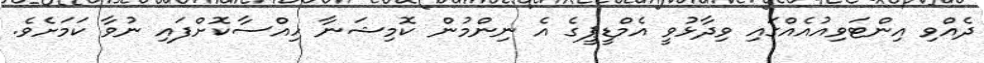
ދެއްވި އިންޓަވިއުއެއްގައި ވިދާޅުވީ އެމްޑީޕީގެ އެ ނިންމުން ކޮމިޝަނާ ހިއްސާކޮށްފައި ނުވާ ކަމަށެވެ.